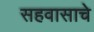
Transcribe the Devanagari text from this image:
सहवासाचे